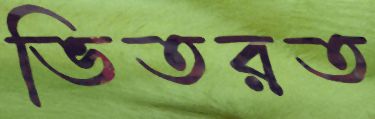
ভিতরত